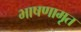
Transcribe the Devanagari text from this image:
भाषणामृत